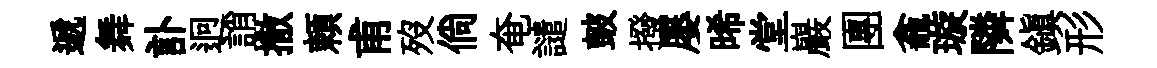
遞舞訃迥誚撒頼甫歿倘奄譴皷撥屡晞堂巖團龕璇隣鎮形